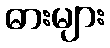
ဓားများ